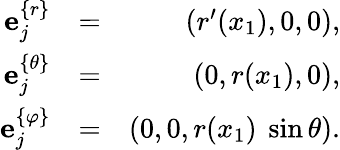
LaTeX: \begin{array}{rlr}{{\mathbf e}_{j}^{\{ r\} }}&{=}&{\left(r^{\prime}(x_{1}),0,0\right),}\\ {{\mathbf e}_{j}^{\{ \theta\} }}&{=}&{\left(0,r(x_{1}),0\right),}\\ {{\mathbf e}_{j}^{\{ \varphi\} }}&{=}&{\left(0,0,r(x_{1})\ \sin\theta\right).}\end{array}